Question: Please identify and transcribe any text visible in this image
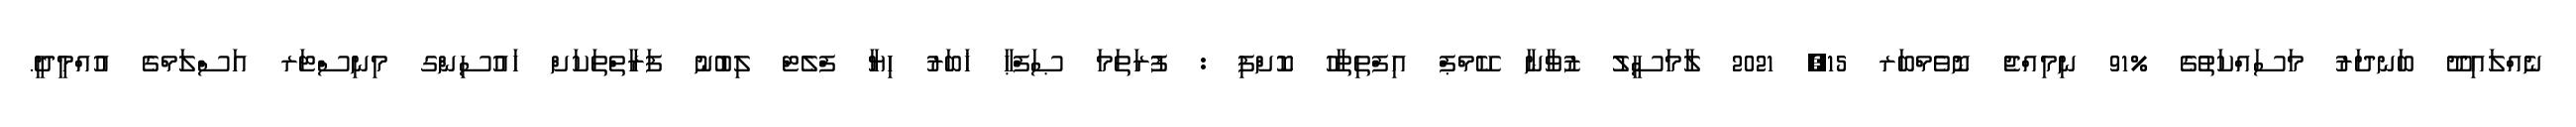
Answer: ނެއްލައިދޫ ބަނދަރު މަސައްކަތުގެ %91 ނިމިއްޖެ ނޮވެމްބަރ 15, 2021 ލާމަސީލު ޒުވާނާ ކޭމްޕް އިފްތިތާހު ކޮށްފި : ފުރަތަމަ ޞަފްޙާ ޚަބަރު ހިޔާ ފްލެޓް ލިބުނު ފަރާތްތަކަށް ހައުސިންގ މިނިސްޓަރ އަސްލަމްގެ އުއްމީދީ.